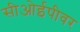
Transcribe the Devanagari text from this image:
सीओईपीवर